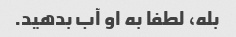
بله، لطفا به او آب بدهید.